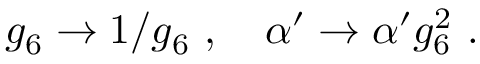
g _ { 6 } \rightarrow 1 / g _ { 6 } \ , \quad \alpha ^ { \prime } \rightarrow \alpha ^ { \prime } g _ { 6 } ^ { 2 } \ .